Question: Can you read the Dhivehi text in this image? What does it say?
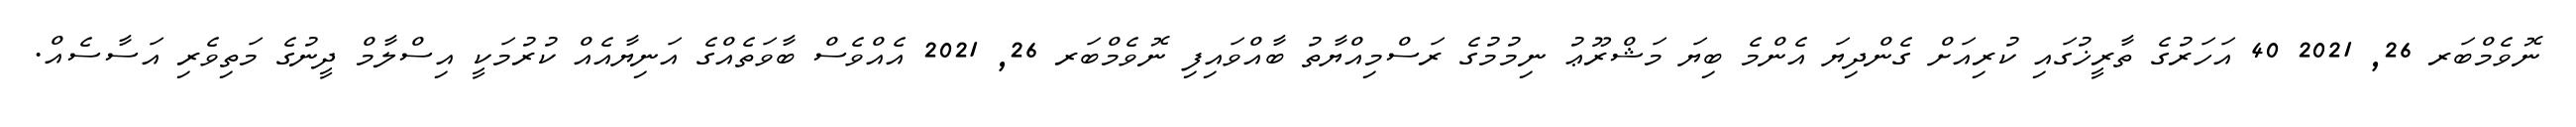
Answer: ނޮވެމްބަރ 26, 2021 40 އަހަރުގެ ތާރީޚުގައި ކުރިއަށް ގެންދިޔަ އެންމެ ބިޔަ މަޝްރޫޢު ނިމުމުގެ ރަސްމިއްޔާތު ބާއްވައިފި ނޮވެމްބަރ 26, 2021 އެއްވެސް ބާވަތެއްގެ އަނިޔާއެއް ކުރުމަކީ އިސްލާމް ދީނުގެ މަތިވެރި އަސާސެއް.